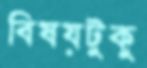
বিষয়টুকু